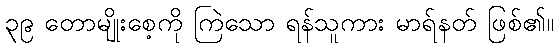
၃၉ တောမျိုးစေ့ကို ကြဲသော ရန်သူကား မာရ်နတ် ဖြစ်၏။